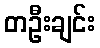
တဦးချင်း